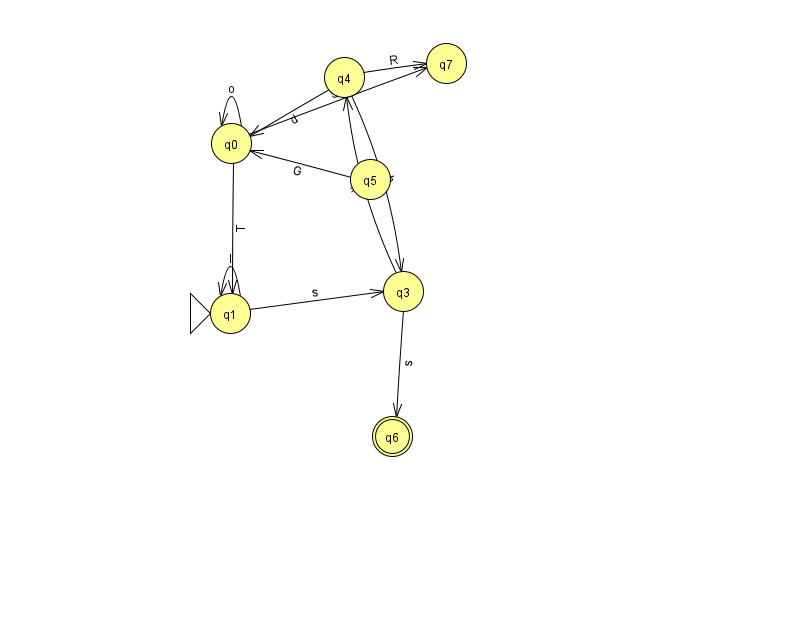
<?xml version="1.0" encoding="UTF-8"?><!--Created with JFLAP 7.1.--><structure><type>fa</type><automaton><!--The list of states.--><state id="0" name="q0"><x>231.0</x><y>130.0</y></state><state id="1" name="q1"><x>230.0</x><y>300.0</y><initial/></state><state id="3" name="q3"><x>403.0</x><y>278.0</y></state><state id="4" name="q4"><x>344.0</x><y>64.0</y></state><state id="5" name="q5"><x>370.0</x><y>166.0</y></state><state id="6" name="q6"><x>392.0</x><y>423.0</y><final/></state><state id="7" name="q7"><x>446.0</x><y>50.0</y></state><!--The list of transitions.--><transition><from>5</from><to>0</to><read>G</read></transition><transition><from>4</from><to>7</to><read>R</read></transition><transition><from>0</from><to>7</to><read>S</read></transition><transition><from>4</from><to>0</to><read>d</read></transition><transition><from>3</from><to>4</to><read>k</read></transition><transition><from>1</from><to>3</to><read>s</read></transition><transition><from>3</from><to>6</to><read>s</read></transition><transition><from>4</from><to>3</to><read>h</read></transition><transition><from>0</from><to>1</to><read>T</read></transition><transition><from>1</from><to>1</to><read>l</read></transition><transition><from>0</from><to>0</to><read>o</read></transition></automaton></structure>